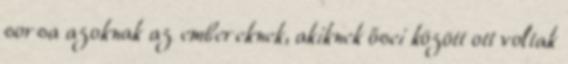
sorsa azoknak az embereknek, akiknek ősei között ott voltak